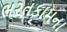
ભરતકામના